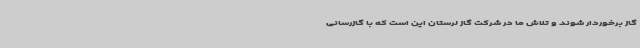
گاز برخوردار شوند و تلاش ما در شرکت گاز لرستان این است که با گازرسانی